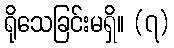
ရိုသေခြင်းမရှိ။ (၇)